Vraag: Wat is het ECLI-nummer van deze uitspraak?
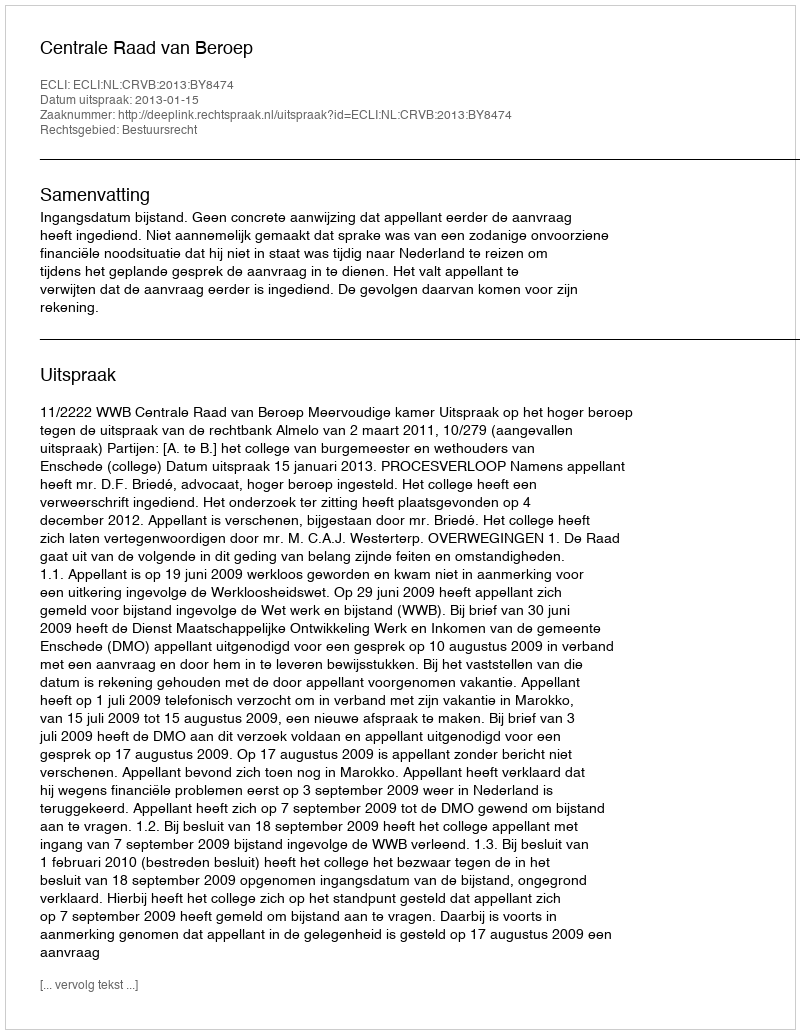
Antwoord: ECLI:NL:CRVB:2013:BY8474